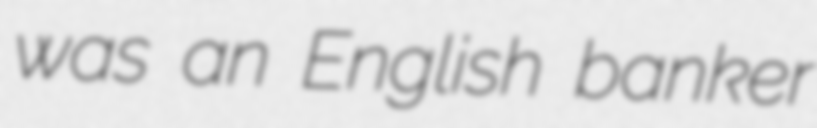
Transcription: was an English banker